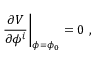
\left. \frac { \partial V } { \partial \phi ^ { i } } \right| _ { \phi = \phi _ { 0 } } = 0 ~ ,